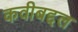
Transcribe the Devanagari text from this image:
कवीबद्दल